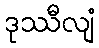
ဒုဿီလျံ